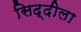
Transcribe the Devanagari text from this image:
सिद्दीला